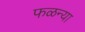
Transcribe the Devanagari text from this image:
फळन्या